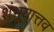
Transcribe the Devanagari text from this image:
शंभूयात्तव